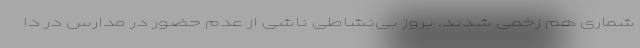
شماری هم زخمی شدند. بروز بی‌نشاطی ناشی از عدم حضور در مدارس در دا